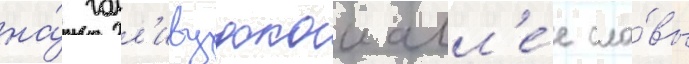
на́ голл'ивудскои алл'е́е сла́вы